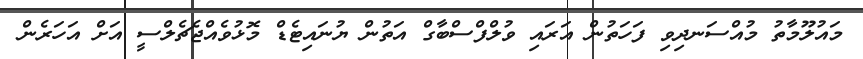
މައުލޫމާތު މުއްސަނދިވި ފަހަތުން އަރައި ވުލްފްސްބާގް އަތުން ޔުނައިޓެޑް މޮޅުވެއްޖެޗެލްސީ އަށް އަހަރެން